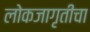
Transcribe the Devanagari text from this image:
लोकजागृतीचा